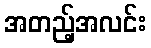
အတည့်အလင်း